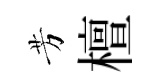
芳檀